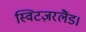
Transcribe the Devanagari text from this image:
स्विटज़रलैंड।